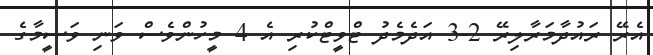
އެރޭ ރައުދާމަރާލިރޭ 2-3 އަދެމެދު ޓްވީޓްކުރި އެ 4 މީހުންވެސް ވަނި ވަސީމާގެ